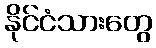
နိုင်ငံသားတွေ